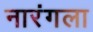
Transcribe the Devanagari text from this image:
नारंगला